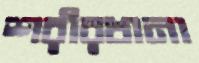
শরীরখানা